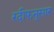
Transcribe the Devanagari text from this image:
रदीफनुसार